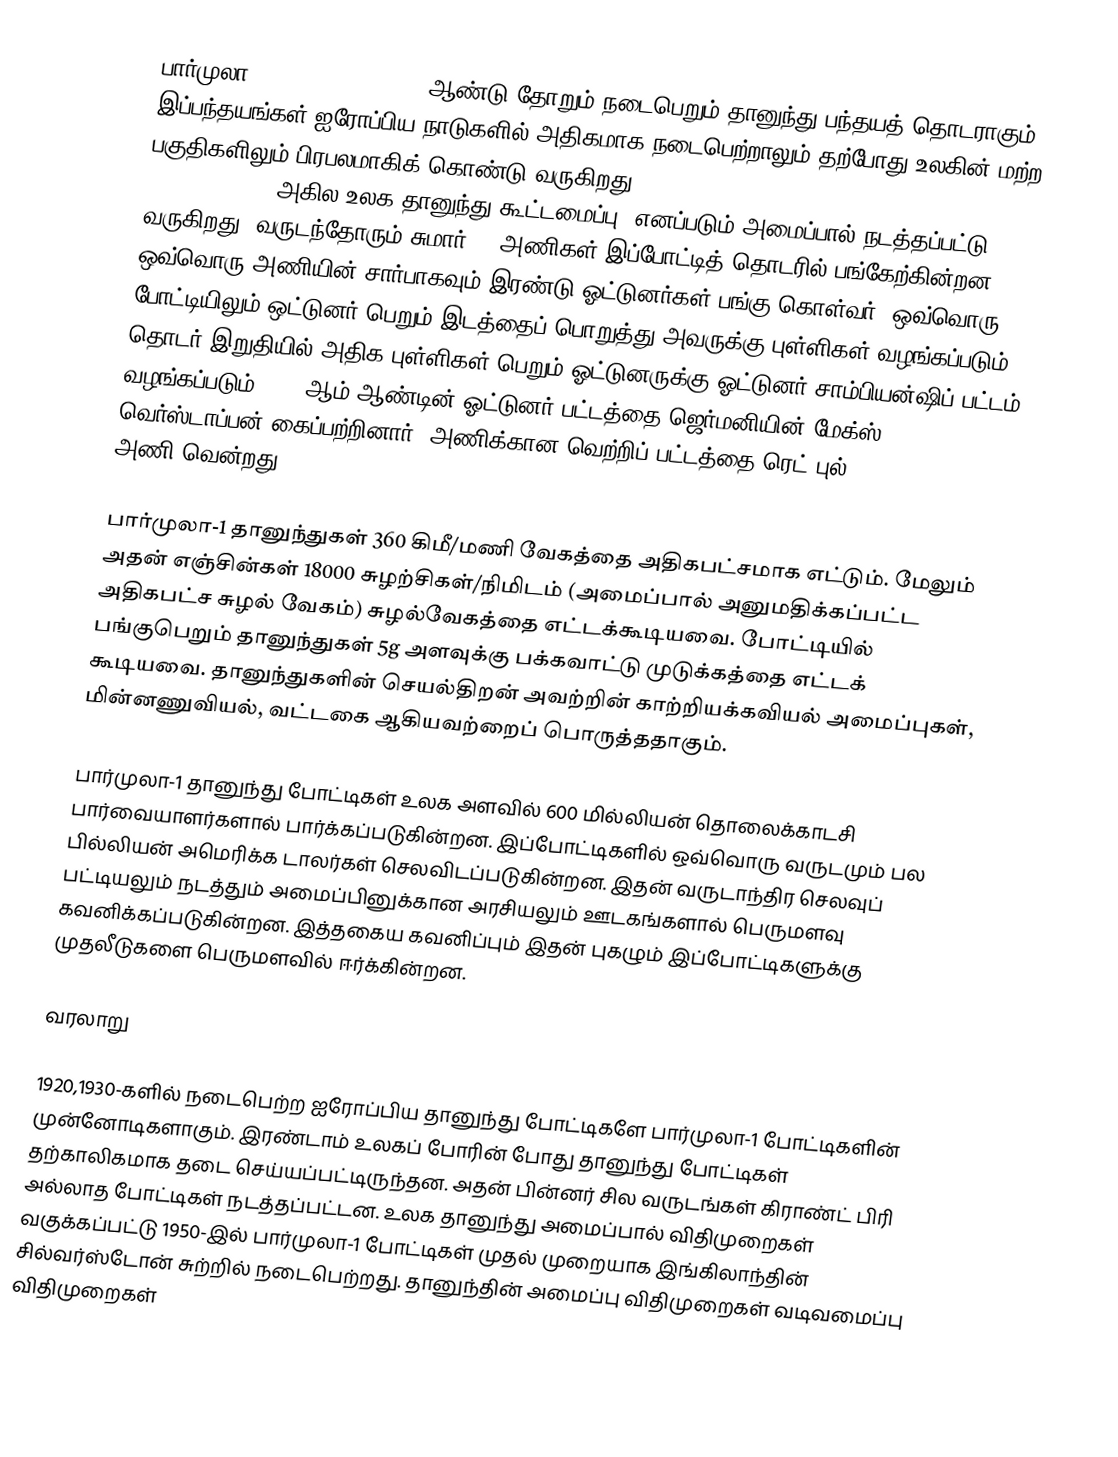
பார்முலா 1 (Formula 1 or F1) ஆண்டு தோறும் நடைபெறும் தானுந்து பந்தயத் தொடராகும். இப்பந்தயங்கள் ஐரோப்பிய நாடுகளில் அதிகமாக நடைபெற்றாலும் தற்போது உலகின் மற்ற பகுதிகளிலும் பிரபலமாகிக் கொண்டு வருகிறது. FIA (Fédération Internationale de l'Automobile) (அகில உலக தானுந்து கூட்டமைப்பு) எனப்படும் அமைப்பால் நடத்தப்பட்டு வருகிறது. வருடந்தோரும் சுமார் 11 அணிகள் இப்போட்டித் தொடரில் பங்கேற்கின்றன. ஒவ்வொரு அணியின் சார்பாகவும் இரண்டு ஓட்டுனர்கள் பங்கு கொள்வர். ஒவ்வொரு போட்டியிலும் ஒட்டுனர் பெறும் இடத்தைப் பொறுத்து அவருக்கு புள்ளிகள் வழங்கப்படும். தொடர் இறுதியில் அதிக புள்ளிகள் பெறும் ஓட்டுனருக்கு ஓட்டுனர் சாம்பியன்ஷிப் பட்டம் வழங்கப்படும். 2021ஆம் ஆண்டின் ஓட்டுனர் பட்டத்தை ஜெர்மனியின் மேக்ஸ் வெர்ஸ்டாப்பன் கைப்பற்றினார்.  அணிக்கான வெற்றிப் பட்டத்தை ரெட் புல் (Red Bull Racing) அணி வென்றது.

பார்முலா-1 தானுந்துகள் 360 கிமீ/மணி வேகத்தை அதிகபட்சமாக எட்டும். மேலும் அதன் எஞ்சின்கள் 18000 சுழற்சிகள்/நிமிடம் (அமைப்பால் அனுமதிக்கப்பட்ட அதிகபட்ச சுழல் வேகம்) சுழல்வேகத்தை எட்டக்கூடியவை. போட்டியில் பங்குபெறும் தானுந்துகள் 5g அளவுக்கு பக்கவாட்டு முடுக்கத்தை எட்டக் கூடியவை.  தானுந்துகளின் செயல்திறன் அவற்றின் காற்றியக்கவியல் அமைப்புகள், மின்னணுவியல், வட்டகை ஆகியவற்றைப் பொருத்ததாகும்.

பார்முலா-1 தானுந்து போட்டிகள் உலக அளவில் 600 மில்லியன் தொலைக்காடசி பார்வையாளர்களால் பார்க்கப்படுகின்றன. இப்போட்டிகளில் ஒவ்வொரு வருடமும் பல பில்லியன் அமெரிக்க டாலர்கள் செலவிடப்படுகின்றன. இதன் வருடாந்திர செலவுப் பட்டியலும் நடத்தும் அமைப்பினுக்கான அரசியலும் ஊடகங்களால் பெருமளவு கவனிக்கப்படுகின்றன. இத்தகைய கவனிப்பும் இதன் புகழும் இப்போட்டிகளுக்கு முதலீடுகளை பெருமளவில் ஈர்க்கின்றன.

வரலாறு

1920,1930-களில் நடைபெற்ற ஐரோப்பிய தானுந்து போட்டிகளே பார்முலா-1 போட்டிகளின் முன்னோடிகளாகும். இரண்டாம் உலகப் போரின் போது தானுந்து போட்டிகள் தற்காலிகமாக தடை செய்யப்பட்டிருந்தன. அதன் பின்னர் சில வருடங்கள் கிராண்ட் பிரி அல்லாத போட்டிகள் நடத்தப்பட்டன. உலக தானுந்து அமைப்பால் விதிமுறைகள் வகுக்கப்பட்டு 1950-இல் பார்முலா-1 போட்டிகள் முதல் முறையாக இங்கிலாந்தின் சில்வர்ஸ்டோன் சுற்றில் நடைபெற்றது. தானுந்தின் அமைப்பு விதிமுறைகள் வடிவமைப்பு விதிமுறைகள்